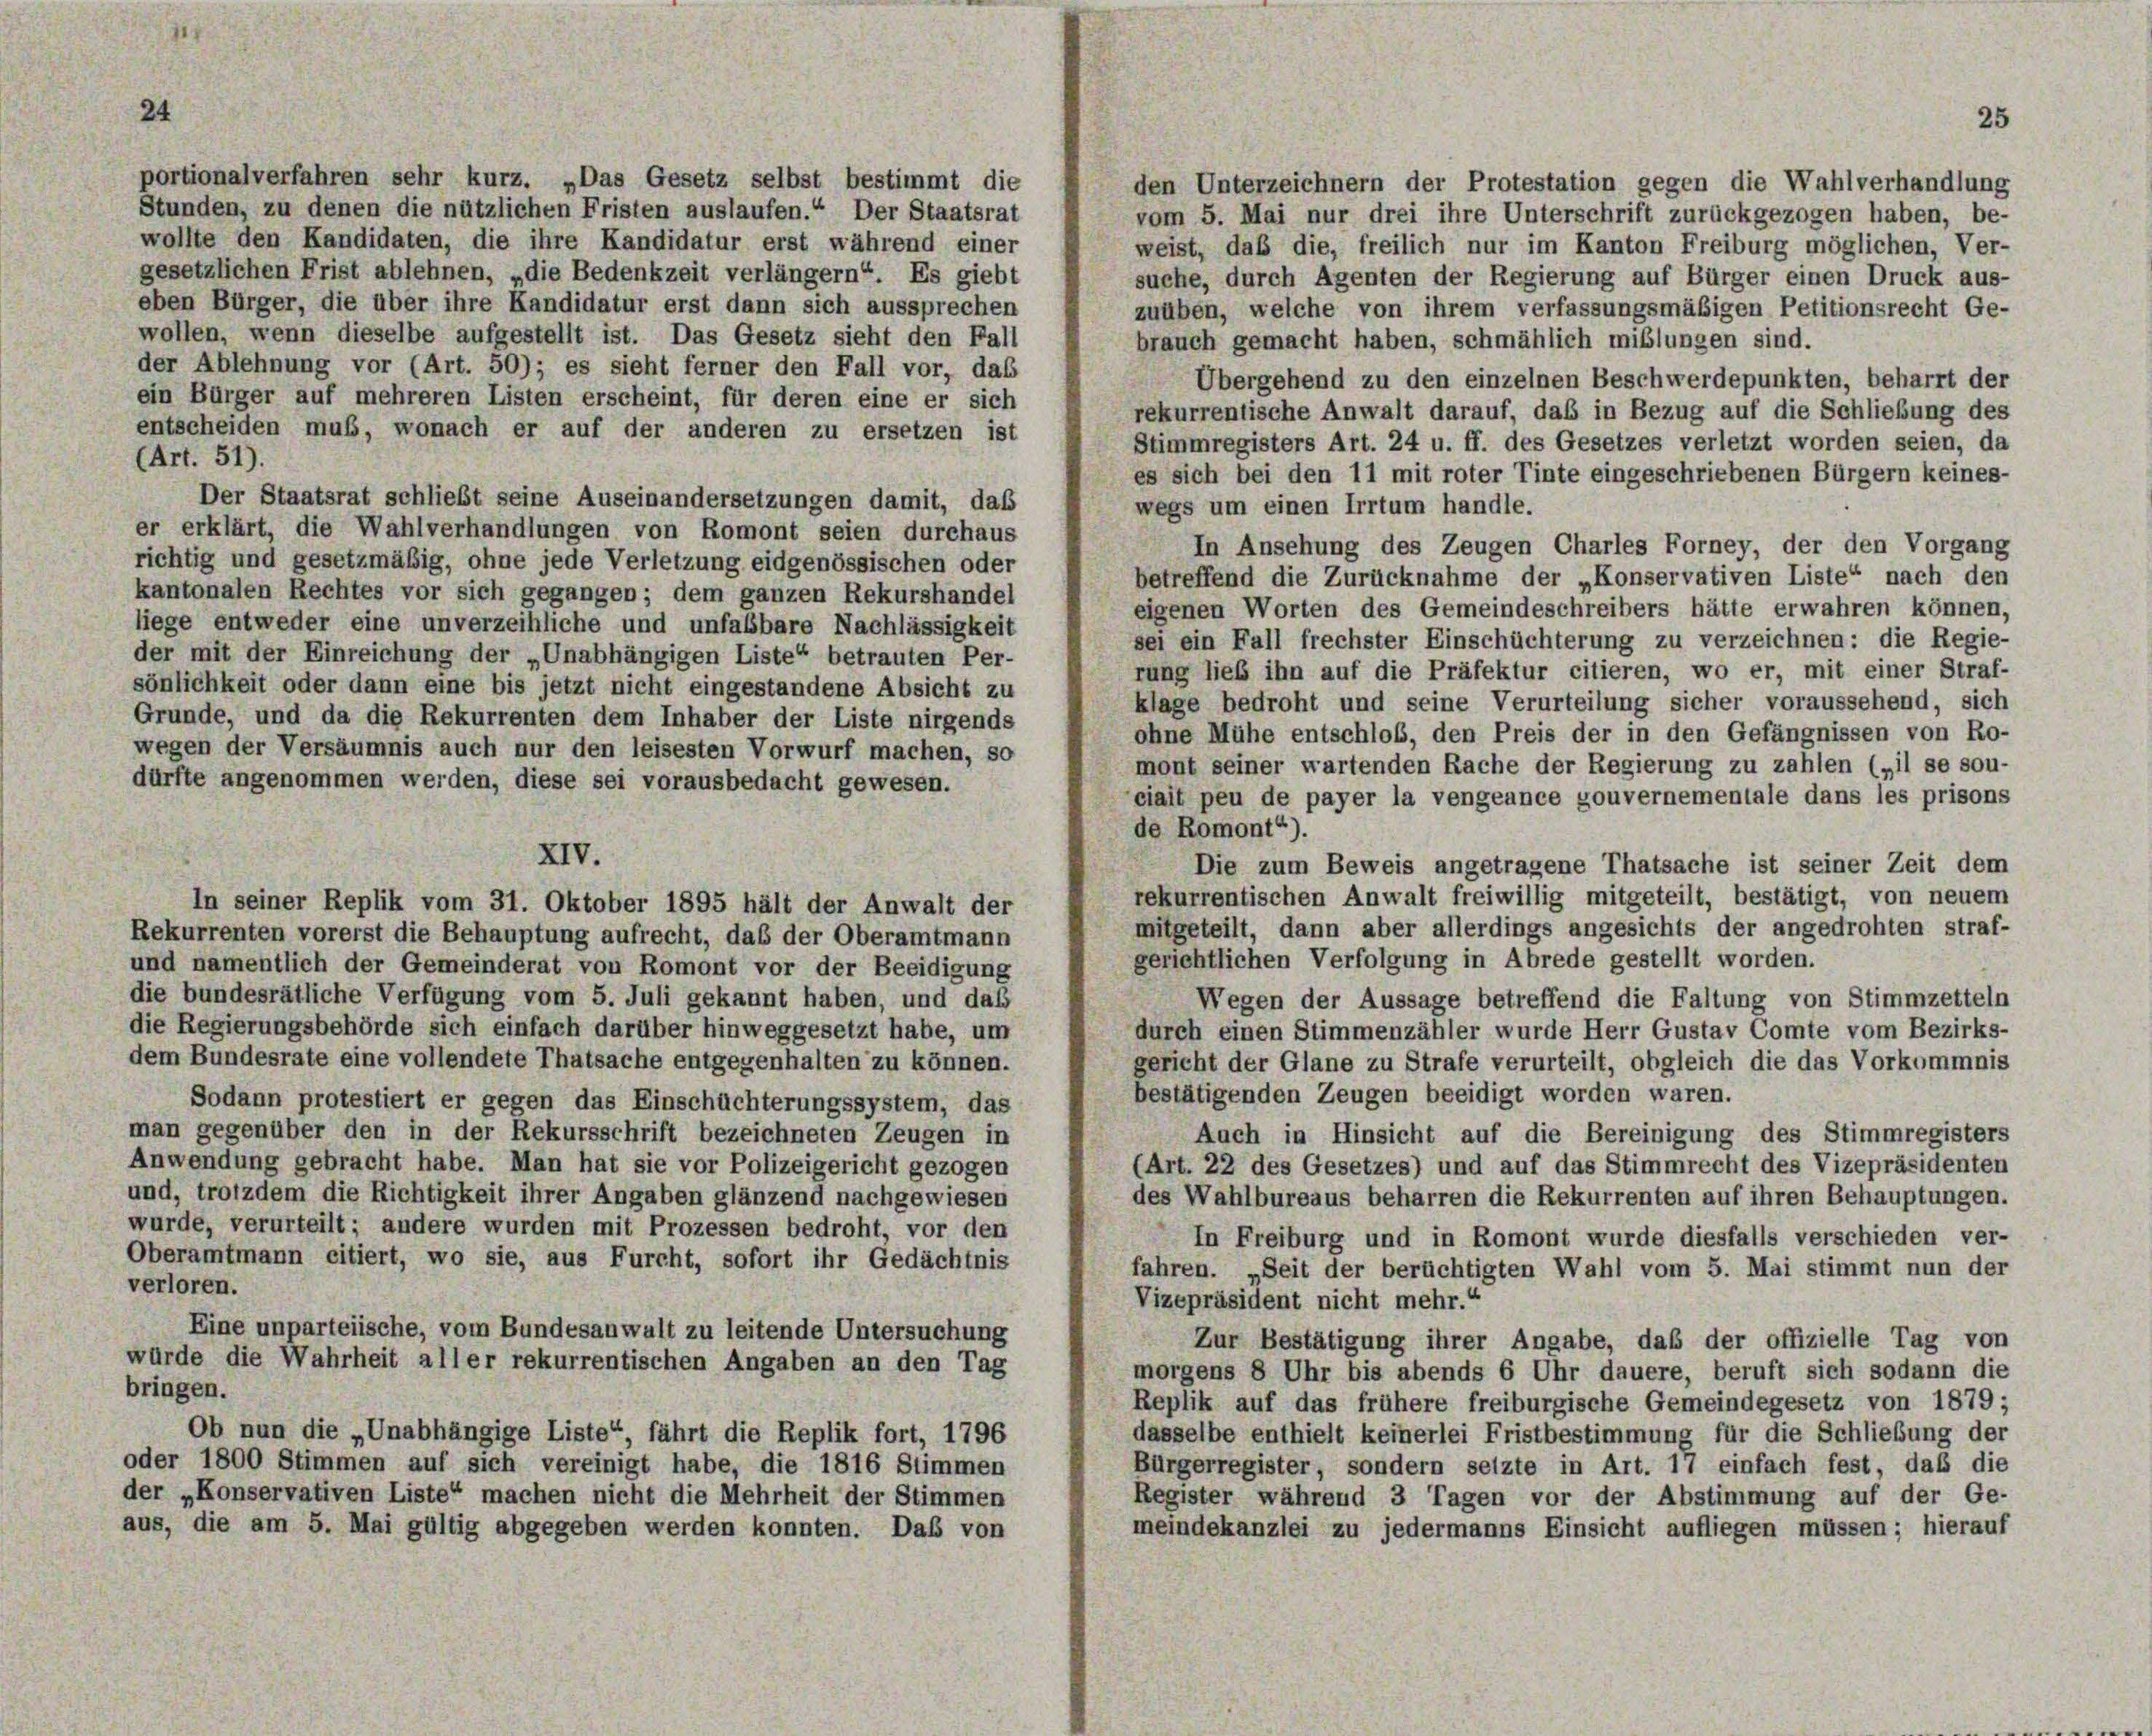
24

portionalverfahren sehr kurz. „Das Gesetz selbst bestimmt die
den Unterzeichnern der Protestation gegen die Wahlverhandlung
Stunden, zu denen die nützlichen Fristen auslaufen.“ Der Staatsrat
vom 5. Mai nur drei ihre Unterschrift zurückgezogen haben, be-
wollte den Kandidaten, die ihre Kandidatur erst während einer
weist, daß die, freilich nur im Kanton Freiburg möglichen, Ver-
gesetzlichen Frist ablehnen, „die Bedenkzeit verlängern“. Es giebt
suche, durch Agenten der Regierung auf Bürger einen Druck aus-
eben Bürger, die über ihre Kandidatur erst dann sich aussprechen
zuüben, welche von ihrem verfassungsmäßigen Petitionsrecht Ge-
wollen, wenn dieselbe aufgestellt ist. Das Gesetz sieht den Fall
brauch gemacht haben, schmählich mißlungen sind.
der Ablehnung vor (Art. 50); es sieht ferner den Fall vor, das
Übergehend zu den einzelnen Beschwerdepunkten, beharrt der
ein Bürger auf mehreren Listen erscheint, für deren eine er sich
rekurrentische Anwalt darauf, das in Bezug auf die Schließung des
entscheiden muß, wonach er auf der anderen zu ersetzen ist
Stimmregisters Art. 24 u. ff. des Gesetzes verletzt worden seien, da
(Art. 51).
es sich bei den 11 mit roter Tinte eingeschriebenen Bürgern keines-
Der Staatsrat schließt seine Auseinandersetzungen damit, daß
wegs um einen Irrtum handle.
er erklärt, die Wahlverhandlungen von Romont seien durchaus
In Ansehung des Zeugen Charles Forney, der den Vorgang
richtig und gesetzmäßig, ohne jede Verletzung eidgenössischen oder
betreffend die Zurücknahme der „Konservativen Liste“ nach den
kantonalen Rechtes vor sich gegangen; dem ganzen Rekurshandel
eigenen Worten des Gemeindeschreibers hätte erwahren können,
liege entweder eine unverzeihliche und unfabbare Nachlässigkeit
sei ein Fall frechster Einschüchterung zu verzeichnen: die Regie-
der mit der Einreichung der „Unabhängigen Liste“ betrauten Per-
rung lieb ihn auf die Präfektur citieren, wo er, mit einer Straf-
sönlichkeit oder dann eine bis jetzt nicht eingestandene Absicht zu
klage bedroht und seine Verurteilung sicher voraussehend, sich
Grunde, und da die Rekurrenten dem Inhaber der Liste nirgends
ohne Mühe entschloß, den Preis der in den Gefängnissen von Ro-
wegen der Versäumnis auch nur den leisesten Vorwurf machen, so
mont seiner wartenden Rache der Regierung zu zahlen („il se sou-
dürfte angenommen werden, diese sei vorausbedacht gewesen.
ciait peu de payer la vengeance gouvernementale dans les prisons
de Romont“).
Die zum Beweis angetragene Thatsache ist seiner Zeit dem
rekurrentischen Anwalt freiwillig mitgeteilt, bestätigt, von neuem
In seiner Replik vom 31. Oktober 1895 hält der Anwalt der
mitgeteilt, dann aber allerdings angesichts der angedrohten straf-
Rekurrenten vorerst die Behauptung aufrecht, das der Oberamtmann
gerichtlichen Verfolgung in Abrede gestellt worden.
und namentlich der Gemeinderat von Romont vor der Beeidigung
die bundesrätliche Verfügung vom 5. Juli gekannt haben, und daß
Wegen der Aussage betreffend die Faltung von Stimmzetteln
die Regierungsbehörde sich einfach darüber hinweggesetzt habe, um
durch einen Stimmenzähler wurde Herr Gustav Comte vom Bezirks-
dem Bundesrate eine vollendete Thatsache entgegenhalten zu können.
gericht der Glane zu Strafe verurteilt, obgleich die das Vorkommnis
bestätigenden Zeugen beeidigt worden waren.
Sodann protestiert er gegen das Einschüchterungssystem, das
man gegenüber den in der Rekursschrift bezeichneten Zeugen in
Auch in Hinsicht auf die Bereinigung des Stimmregisters
Anwendung gebracht habe. Man hat sie vor Polizeigericht gezogen
(Art. 22 des Gesetzes) und auf das Stimmrecht des Vizepräsidenten
und, trotzdem die Richtigkeit ihrer Angaben glänzend nachgewiesen
des Wahlbureaus beharren die Rekurrenten auf ihren Behauptungen.
wurde, verurteilt; andere wurden mit Prozessen bedroht, vor den
In Freiburg und in Romont wurde diesfalls verschieden ver-
Oberamtmann citiert, wo sie, aus Furcht, sofort ihr Gedächtnis
fahren. „Seit der berüchtigten Wahl vom 5. Mai stimmt nun der
verloren.
Vizepräsident nicht mehr.“
Eine unparteiische, vom Bundesanwalt zu leitende Untersuchung
Zur Bestätigung ihrer Angabe, daß der offizielle Tag von
würde die Wahrheit aller rekurrentischen Angaben an den Tag
morgens 8 Uhr bis abends 6 Uhr dauere, beruft sich sodann die
bringen.
Replik auf das frühere freiburgische Gemeindegesetz von 1879;
Ob nun die „Unabhängige Liste“, fährt die Replik fort, 1796
dasselbe enthielt keinerlei Fristbestimmung für die Schließung der
oder 1800 Stimmen auf sich vereinigt habe, die 1816 Stimmen
Bürgerregister, sondern seizte in Art. 17 einfach fest, daß die
der „Konservativen Liste“ machen nicht die Mehrheit der Stimmen
Register während 3 Tagen vor der Abstimmung auf der Ge-
aus, die am 5. Mai gültig abgegeben werden konnten. Das von
meindekanzlei zu jedermanns Einsicht aufliegen müssen; hierauf

XIV.

25